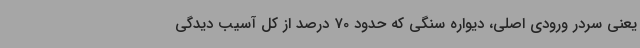
یعنی سردر ورودی اصلی، دیواره سنگی که حدود 70 درصد از کل آسیب دیدگی